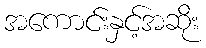
အကောင်းနှင့်အဆိုး